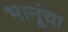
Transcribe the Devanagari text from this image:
भानूंचा